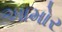
આમોર